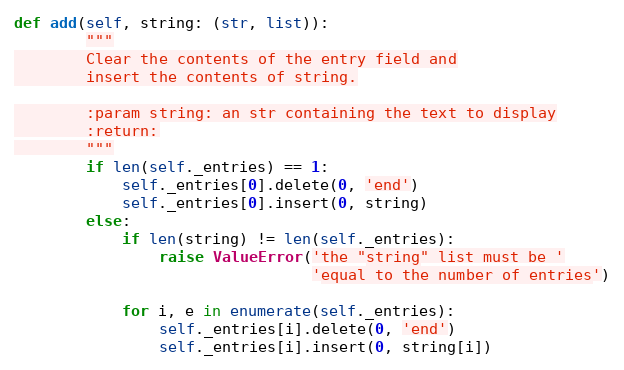
Language: Python
def add(self, string: (str, list)):
        """
        Clear the contents of the entry field and
        insert the contents of string.

        :param string: an str containing the text to display
        :return:
        """
        if len(self._entries) == 1:
            self._entries[0].delete(0, 'end')
            self._entries[0].insert(0, string)
        else:
            if len(string) != len(self._entries):
                raise ValueError('the "string" list must be '
                                 'equal to the number of entries')

            for i, e in enumerate(self._entries):
                self._entries[i].delete(0, 'end')
                self._entries[i].insert(0, string[i])